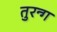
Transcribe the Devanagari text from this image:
तुरन्ग